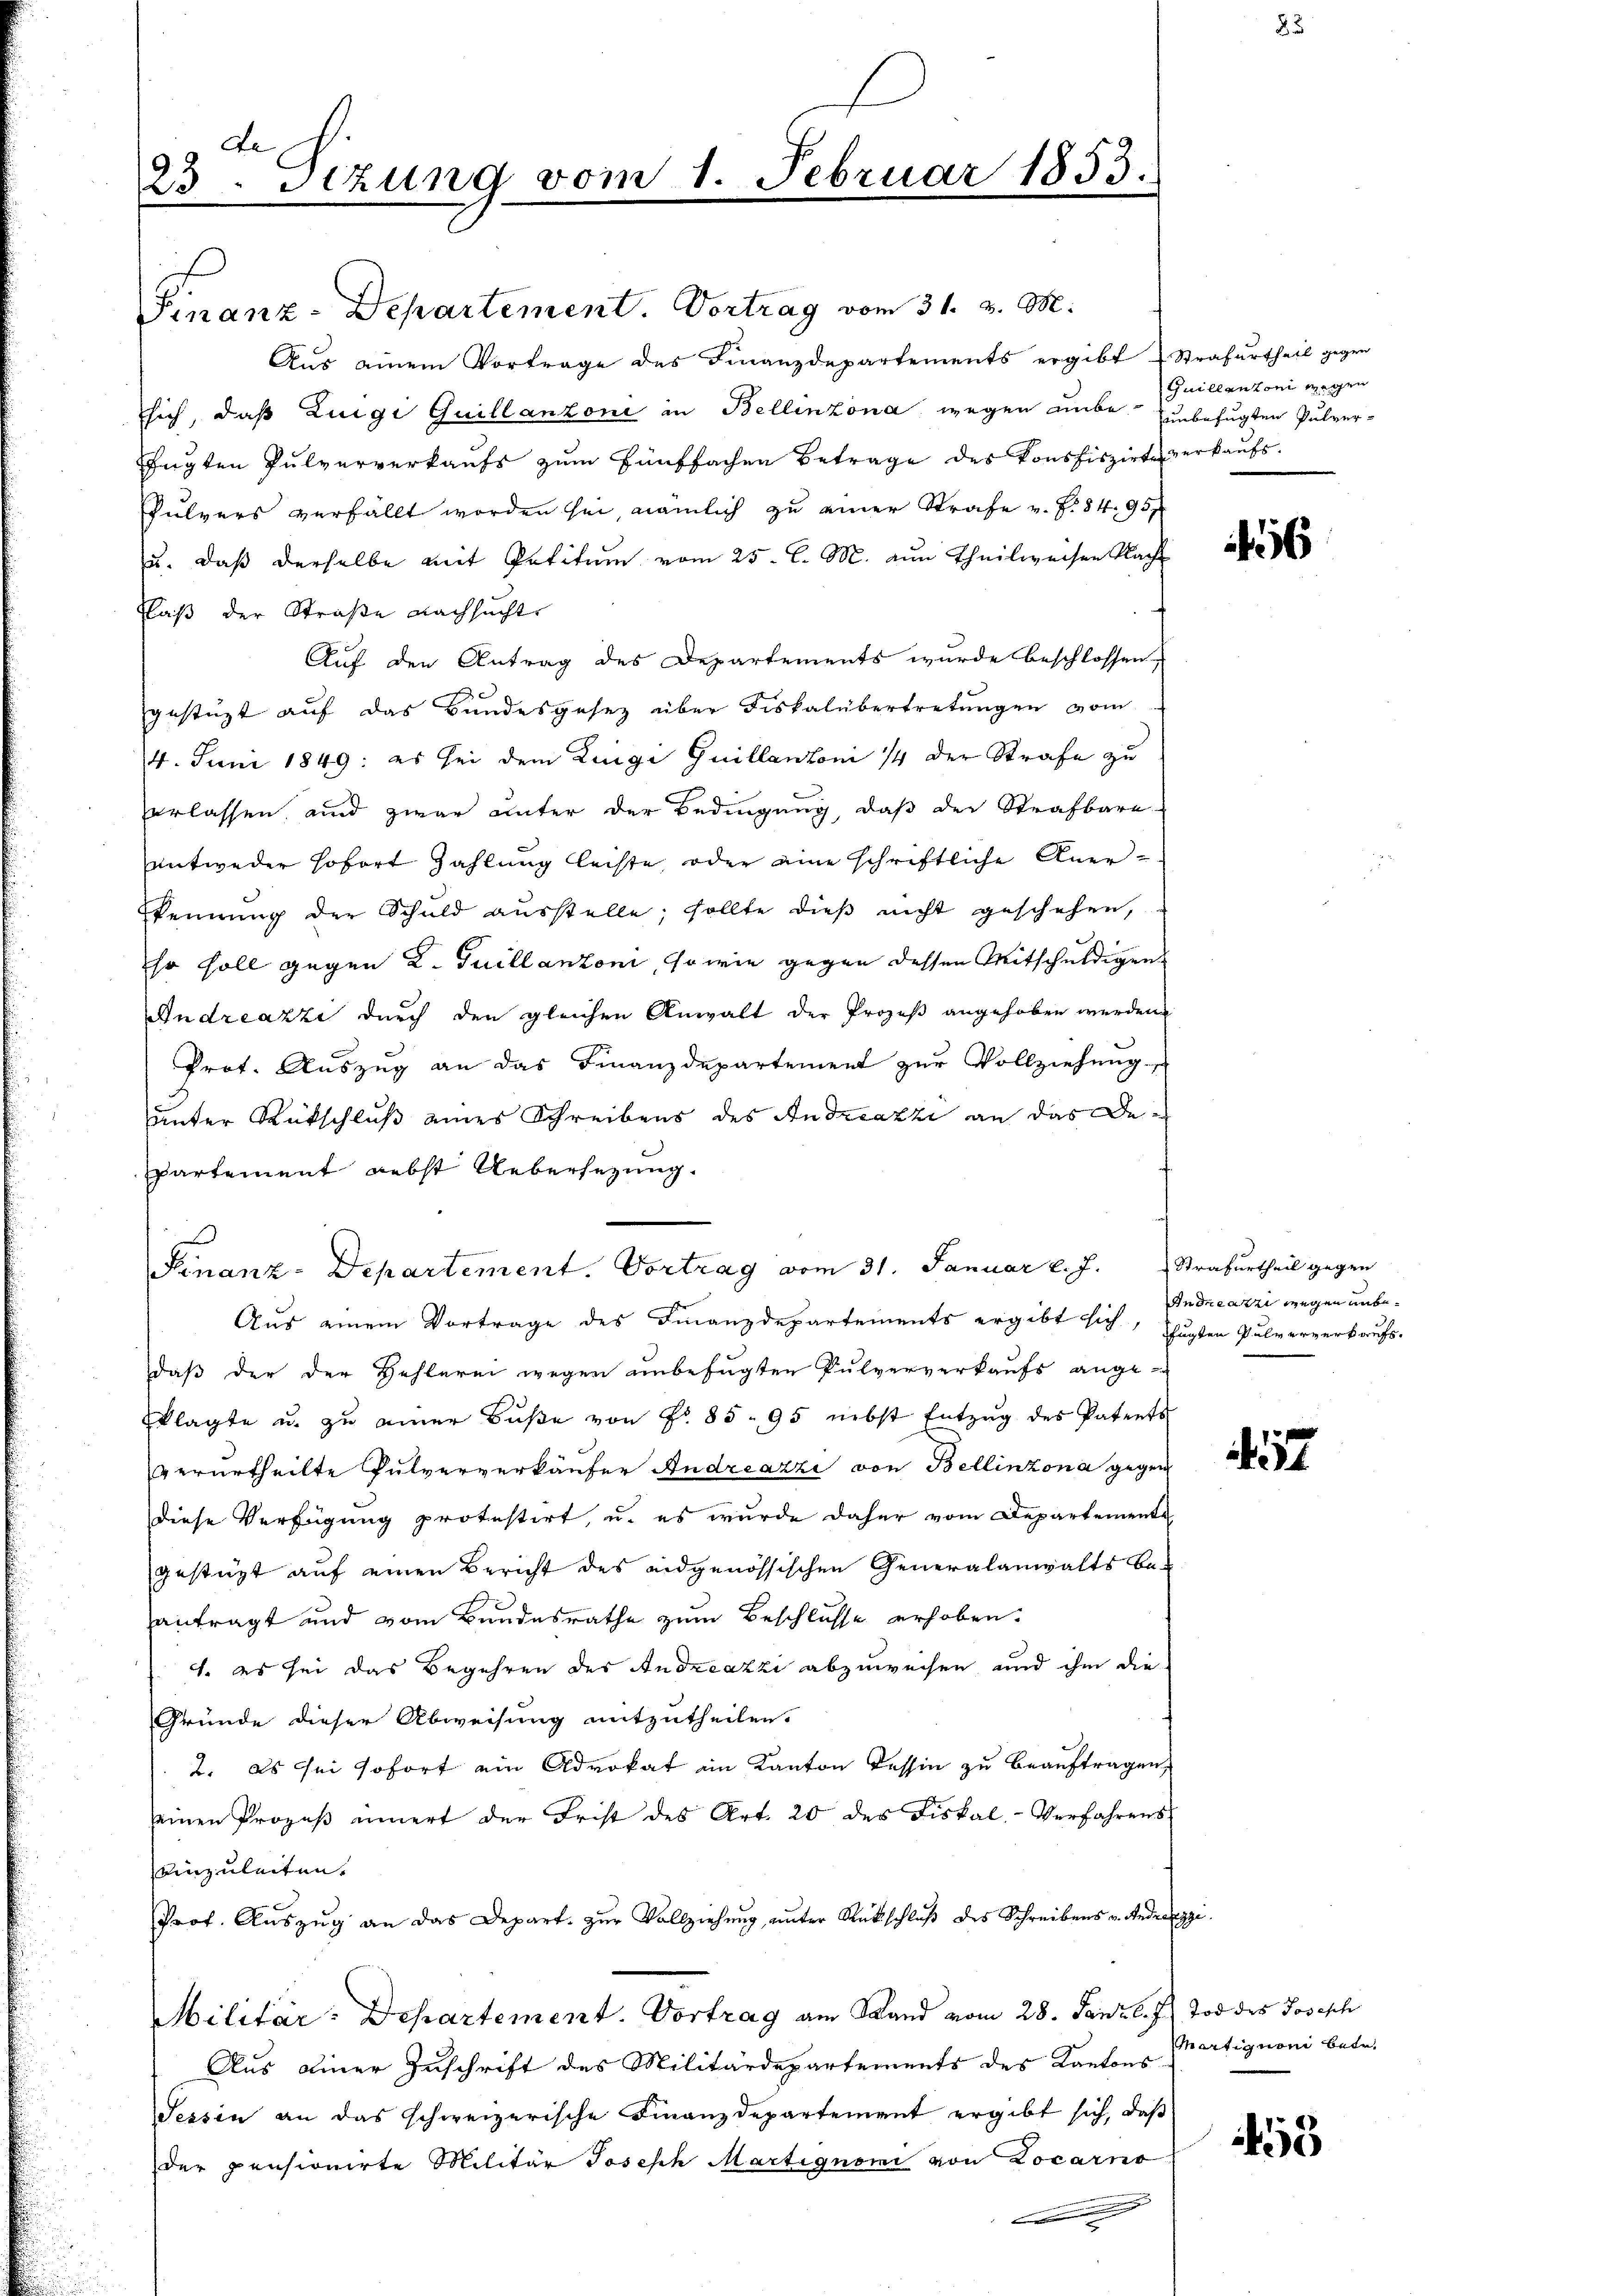
23. Sizung vom 1. Februar 1853.

Finanz-Departement. Vortrag vom 31. v. M.
Aus einem Vortrage des Finanzdepartements ergibt Strafurtheil gegen
sich, daß Luigi Guillanzoni in Bellinzona wegen unbe unbefugten Pulverfügten Pulververkaufs zum fünffachen Betrage des konfiszirte verkaufs
Pulvers verfällt worden sei, nämlich zu einer Strafe v. Z. 84. 95 f
u. daß derselbe mit Petitum vom 25. l. M. zum Theilweisen Nach
Flaß der Straße Nachsucht
Auf den Antrag des Departements wurde beschlossen,
gestüzt auf das Bundesgesez über Fiskalübertretŭngen vom
4. Juni 1849: es sei dem Luige Guillantoni 1/4 der Strafe zu
erlassen, und zwar unter der Bedingung, daß der Strafbare
entweder sofort Zahlung leiste, oder eine schriftliche Anerkennung der Schuld ausstelle; sollte dieß nicht geschehen,
Ihr soll gegen K. Guillantoni, so wie gegen dessen Mitschuldigen
Andreazzi durch den gleichen Anwalt der Prozeß angehoben werden
Prot. Auszug an das Finanzdepartement zur Vollziehung
unter Rückschluß eines Schreibens des Andreazzi an das Departement nebst Uebersezung.
u
Finanz-Departement. Vortrag vom 31. Januar l. J. Strafurtheil gegen
Aus einem Vortrage des Finanzdepartements ergibt sich, fugten Pulververkaufs-
daß der der Hehlerei wegen unbefugten Pulververkaufs ange
klagte u. zŭ einer Bŭβe von Fr. 85. 95 nebst Entzŭg des Patents
verurtheilte Pulververkäufer Andreazzi von Bellinzona gegen
diese Verfügung protestirt, u. es wurde daher vom Departemente
gestützt auf einen Bericht des eidgenössischen Generalanwalts be-
antragt und vom Bundesrathe zum Beschlusse erhoben.
1. es sei das Begehren des Andreazzi abzuweisen, und ihm die
Gründe dieser Abweisung mitzutheilen.
2. Es sei sofort ein Advokat im Kanton dessin zu beauftragen,
seinen Prozeβ innert der Frist des Art. 20 des Fiskal-Verfahrens
einzuleiten.
Prof. Aŭszŭg an das Depart. zŭr Vollziehŭng ŭnter Rückschlŭβ des Schreibens u. Reders
Militär: Departement. Vortrag am Sand vom 28. Janz l. J. Tod des Josesch
Aus einer Zuschrift des Militärdepartements des Kantons
Tessin an das schweizerische Finanzdepartement ergibt sich, daß
der pensionirte Militär Joseph Martignomi von Locarno

Guillantoni wegen

16

Andreazzi wegen unbe¬

157

Martiguoni betr.

153